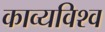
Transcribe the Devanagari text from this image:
काव्यविश्व